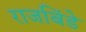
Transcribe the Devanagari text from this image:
राजबिंडे